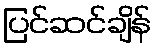
ပြင်ဆင်ချိန်